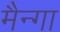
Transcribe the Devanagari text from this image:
मैन्गा